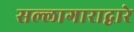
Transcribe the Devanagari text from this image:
सल्लागाराद्वारे